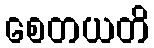
စေတယတိ